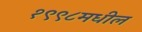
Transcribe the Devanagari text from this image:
१९९८मधील